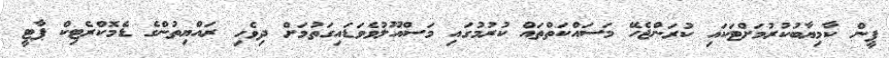
ޕީން ކާމިޔާބުކުރުމަށްޓަކައި ކުރަންޖެހޭ މަސައްކަތްތައް ކުރުމުގައި މަސްއޫލުވެވަޑައިގަތުމަށް ދިވެހި ރައްޔިތުންގެ ޑެމޮކްރެޓިކް ޕާޓީ